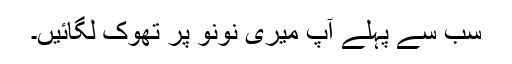
سب سے پہلے آپ میری نونو پر تھوک لگائیں۔